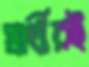
প্রার্থীরই